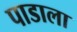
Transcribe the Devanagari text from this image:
पाडाला